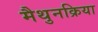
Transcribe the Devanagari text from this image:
मैथुनक्रिया